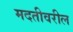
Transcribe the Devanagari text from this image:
मदतीवरील